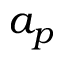
a _ { p }